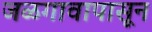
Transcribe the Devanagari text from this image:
जळगावापासून